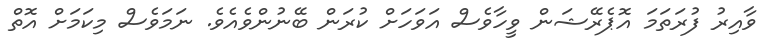
ވާއިރު ފުރަތަމަ އޮޕެރޭޝަން ވީހާވެސް އަވަހަށް ކުރަން ބޭނުންވެއެވެ. ނަމަވެސް މިކަމަށް އޮތް